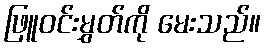
ဖြူဝင်းမွှတ်ကို မေးသည်။